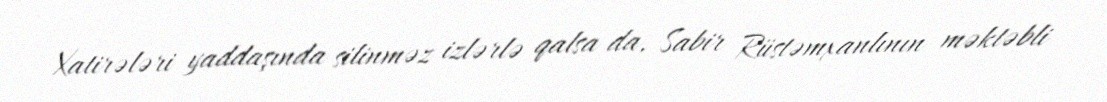
Xatirələri yaddaşında silinməz izlərlə qalsa da, Sabir Rüstəmxanlının məktəbli